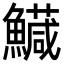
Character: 𩼘